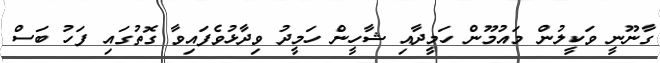
ގާނޫނީ ވަކީލުން މައުމޫން ހަމީދާއި ޝާހީން ހަމީދު ވިދާޅުވެފައިވާ ގޮތުގައި ފަހު ބަސް